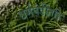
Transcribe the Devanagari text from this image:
धर्मपंडीतहि